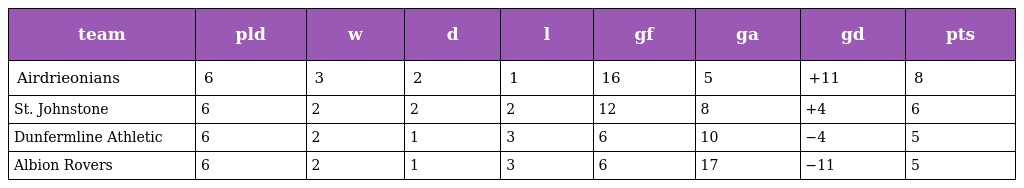
| team | pld | w | d | l | gf | ga | gd | pts |
 | --- | --- | --- | --- | --- | --- | --- | --- | --- |
 | Airdrieonians | 6 | 3 | 2 | 1 | 16 | 5 | +11 | 8 |
 | St. Johnstone | 6 | 2 | 2 | 2 | 12 | 8 | +4 | 6 |
 | Dunfermline Athletic | 6 | 2 | 1 | 3 | 6 | 10 | −4 | 5 |
 | Albion Rovers | 6 | 2 | 1 | 3 | 6 | 17 | −11 | 5 |